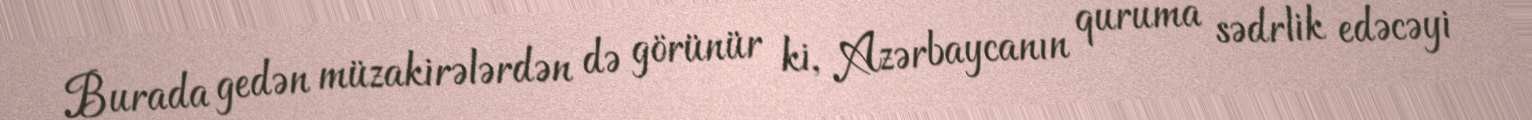
Burada gedən müzakirələrdən də görünür ki, Azərbaycanın quruma sədrlik edəcəyi